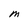
Character: M